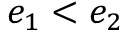
e _ { 1 } < e _ { 2 }